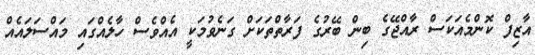
އާޒިފް ކޮންމެއަކަސް ރާއްޖޭގެ ބިން ބޭރުގެ ފަރާތްތަކަށް ގަނެވުމަކީ އެއްވެސް ހާލެއްގައި މައްސަލައެއް